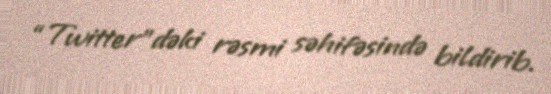
“Twitter”dəki rəsmi səhifəsində bildirib.